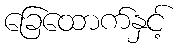
ခြေထောက်နှင့်